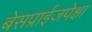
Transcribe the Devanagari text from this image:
बेसप्राईजपेक्षा